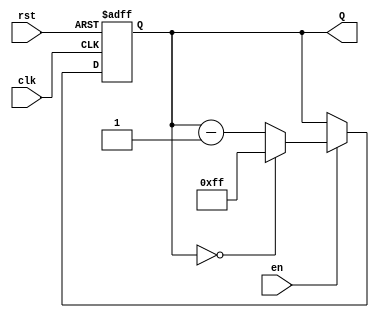
module binary_down_counter #(
    parameter N = 8 // Number of bits for the counter
)(
    input wire clk,      // Clock signal
    input wire rst,      // Asynchronous reset signal
    input wire en,       // Enable signal
    output reg [N-1:0] Q // Current count value
);

    // Maximum count value for an N-bit counter
    localparam MAX_COUNT = (1 << N) - 1; // 2^N - 1

    // Always block for synchronous counting and asynchronous reset
    always @(posedge clk or posedge rst) begin
        if (rst) begin
            Q <= MAX_COUNT; // Reset to maximum count value
        end else if (en) begin
            if (Q == 0) begin
                Q <= MAX_COUNT; // Wrap around to maximum count
            end else begin
                Q <= Q - 1; // Decrement the counter
            end
        end
    end

endmodule